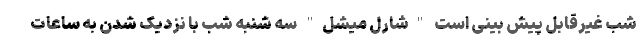
شب غیرقابل پیش بینی است "شارل میشل" سه شنبه شب با نزدیک شدن به ساعات